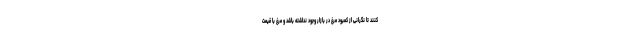
کنند تا نگرانی از کمبود مرغ در بازار وجود نداشته باشد و مرغ با قیمت